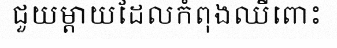
ជួយម្តាយដែលកំពុងឈឺពោះ